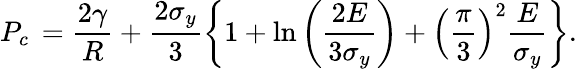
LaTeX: P_{c}\, =\frac{2\gamma}{R}+\frac{2\sigma_{y}}{3}\left\{ 1+\ln\left(\frac{2E}{3\sigma_{y}}\right)+\left(\frac{\pi}{3}\right)^{2}\frac{E}{\sigma_{y}}\right\} .